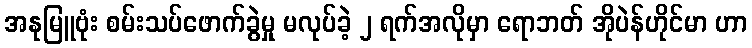
အနုမြူဗုံး စမ်းသပ်ဖောက်ခွဲမှု မလုပ်ခဲ့ ၂ ရက်အလိုမှာ ရောဘတ် အိုပဲန်ဟိုင်မာ ဟာ